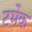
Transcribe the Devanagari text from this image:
टर्मेक